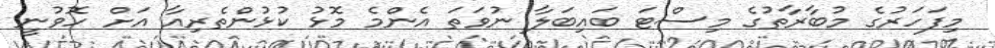
މިފަހަރުގެ މުބާރާތުގެ މިސްޓަ ބައިބަލާ ނުވަތަ އެންމެ މޮޅު ކުޅުންތެރިއާ އަށް ހޮވުނީ